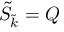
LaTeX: \tilde { S } _ { \tilde { k } } = Q